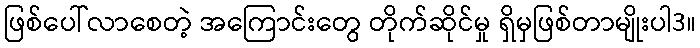
ဖြစ်ပေါ်လာစေတဲ့ အကြောင်းတွေ တိုက်ဆိုင်မှု ရှိမှဖြစ်တာမျိုးပါ3။